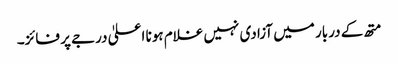
متھ کے دربار میں آزادی نہیں غلام ہونا اعلیٰ درجے پر فائز۔